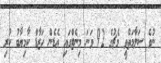
ނުވެ ސަލާމަތްވީ މެޗުގެ 92 ވަނަ މިނެޓްގައި އެޑެން ހަޒާޑް ކާމިޔާބު ކުރި